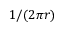
1 / ( 2 \pi r )